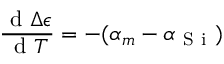
\frac { \mathrm { ~ d ~ } \Delta \epsilon } { \mathrm { ~ d ~ } T } = - ( \alpha _ { m } - \alpha _ { \mathrm { ~ S ~ i ~ } } )